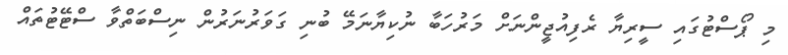
މި ޕޯސްޓުގައި ސީރިޔާ ރެފިއުޖީންނަށް މަރުހަބާ ނުކިޔާނަމޭ ބުނި ގަވަރުނަރުން ނިސްބަތްވާ ސްޓޭޓުތައް